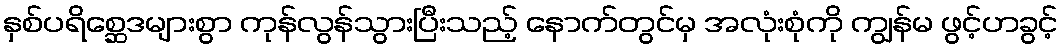
နှစ်ပရိစ္ဆေဒများစွာ ကုန်လွန်သွားပြီးသည့် နောက်တွင်မှ အလုံးစုံကို ကျွန်မ ဖွင့်ဟခွင့်